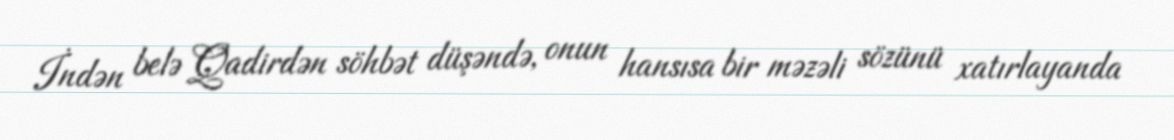
İndən belə Qadirdən söhbət düşəndə, onun hansısa bir məzəli sözünü xatırlayanda